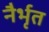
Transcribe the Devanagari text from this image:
नैर्भृत